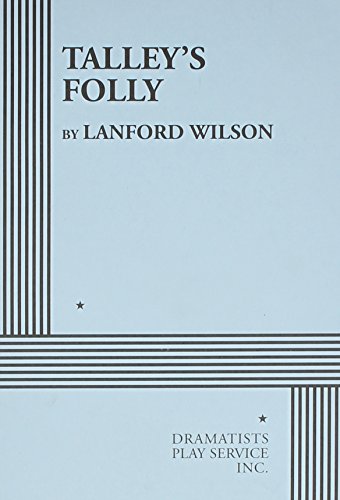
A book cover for Talley's Folly - Acting Edition; Lanford Wilson; Literature & Fiction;